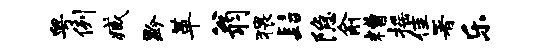
粤例臧黔革翁猥髫隐俞糟摇隹署乐